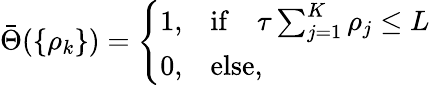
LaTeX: \bar{\Theta}(\{ \rho_{k}\} )=\left\{ \begin{array}{ll}{{1,}}&{{\mathrm{if}\quad\tau\sum_{j=1}^{K}\rho_{j}\le L}}\\ {{0,}}&{{\mathrm{else},}}\end{array}\right.